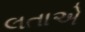
લતાએ